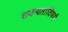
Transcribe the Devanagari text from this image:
शक्यतांविषयी